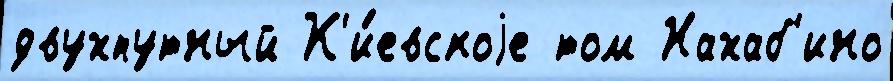
двухпутный К'и́евскоjе том Нахаб'ино